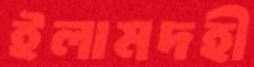
ইলামদহী